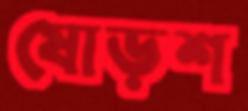
ষোড়শ